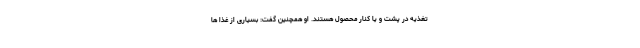
تغذیه در پشت و یا کنار محصول هستند. او همچنین گفت: بسیاری از غذا ها